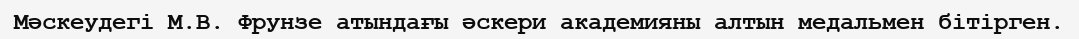
Мәскеудегі М.В. Фрунзе атындағы әскери академияны алтын медальмен бітірген.